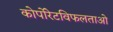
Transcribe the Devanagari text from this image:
कोर्पोरेटविफलताओ